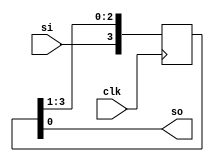

module siso(input si,clk, output  so);

 reg [3:0] q;

 always@(posedge clk) begin
 
  q[3] <= si;
  q[2] <= q[3];
  q[1] <= q[2];
  q[0] <= q[1];
  
 end
  
  assign so = q[0] ;
   
endmodule